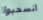
انسحبوا